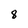
Character: 8